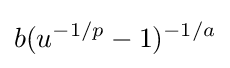
b(u^{-1/p}-1)^{-1/a}